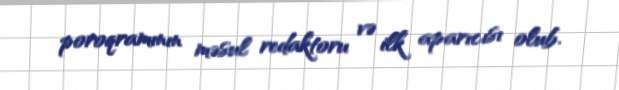
poroqramının məsul redaktoru və ilk aparıcısı olub.